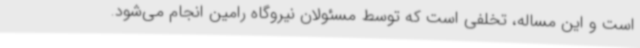
است و این مساله، تخلفی است که توسط مسئولان نیروگاه رامین انجام می‌شود.